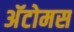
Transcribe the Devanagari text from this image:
अॅटोमस